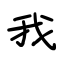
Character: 我